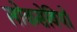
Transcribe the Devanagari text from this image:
लोकसेवियों